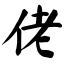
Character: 佬